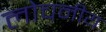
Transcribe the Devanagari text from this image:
लोचनीय